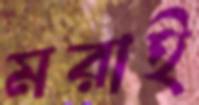
মরাই